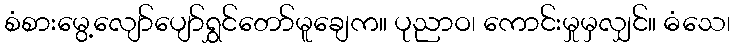
စံစားမွေ့လျော်ပျော်ရွှင်တော်မူချေက။ ပုညာဝ၊ ကောင်းမှုမှလျှင်။ ဓံသေ၊